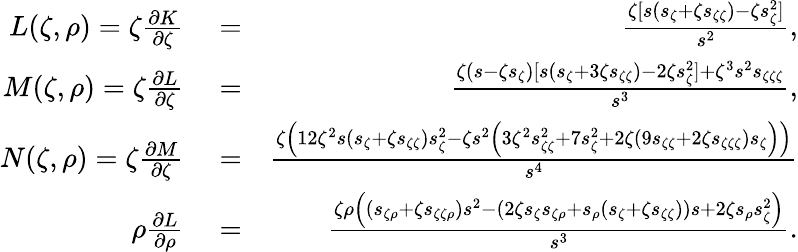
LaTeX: \begin{array}{rlr}{L(\zeta,\rho)=\zeta\frac{\partial K}{\partial\zeta}}&{{}=}&{\frac{\zeta[s(s_{\zeta}+\zeta s_{\zeta\zeta})-\zeta s_{\zeta}^{2}]}{s^{2}},}\\ {M(\zeta,\rho)=\zeta\frac{\partial L}{\partial\zeta}}&{{}=}&{\frac{\zeta(s-\zeta s_{\zeta})[s(s_{\zeta}+3\zeta s_{\zeta\zeta})-2\zeta s_{\zeta}^{2}]+\zeta^{3}s^{2}s_{\zeta\zeta\zeta}}{s^{3}},}\\ {N(\zeta,\rho)=\zeta\frac{\partial M}{\partial\zeta}}&{{}=}&{\frac{\zeta\left(12\zeta^{2}s\left(s_{\zeta}+\zeta s_{\zeta\zeta}\right)s_{\zeta}^{2}-\zeta s^{2}\left(3\zeta^{2}s_{\zeta\zeta}^{2}+7s_{\zeta}^{2}+2\zeta\left(9s_{\zeta\zeta}+2\zeta s_{\zeta\zeta\zeta}\right)s_{\zeta}\right)\right)}{s^{4}}}\\ {\rho\frac{\partial L}{\partial\rho}}&{{}=}&{\frac{\zeta\rho\left(\left(s_{\zeta\rho}+\zeta s_{\zeta\zeta\rho}\right)s^{2}-\left(2\zeta s_{\zeta}s_{\zeta\rho}+s_{\rho}\left(s_{\zeta}+\zeta s_{\zeta\zeta}\right)\right)s+2\zeta s_{\rho}s_{\zeta}^{2}\right)}{s^{3}}.}\end{array}